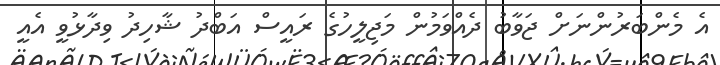
އެ މެންބަރުންނަށް ޖަވާބު ދެއްވަމުން މަޖިލީހުގެ ރައީސް އަބްދު ޝާހިދު ވިދާޅުވީ އެއީ